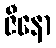
ဇီနော